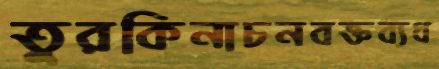
তুরকিনাচনবক্তব্যধ